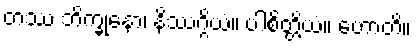
တဿ ဘိက္ခုနော၊ နိဿဂ္ဂိယံ။ ပါစိတ္တိယံ။ ဟောတိ။